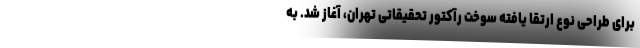
برای طراحی نوع ارتقا یافته سوخت رآکتور تحقیقاتی تهران، آغاز شد. به